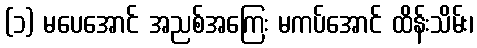
(၁) မပေအောင် အညစ်အကြေး မကပ်အောင် ထိန်းသိမ်း၊